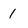
Character: 1